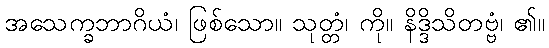
အသေက္ခဘာဂိယံ၊ ဖြစ်သော။ သုတ္တံ၊ ကို။ နိဒ္ဒိသိတဗ္ဗံ၊ ၏။